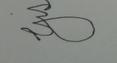
Signature authenticity: forged